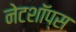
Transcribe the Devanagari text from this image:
नेटशॉप्स